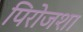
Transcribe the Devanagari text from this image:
पिरोजशा